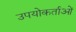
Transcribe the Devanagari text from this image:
उपयोकर्ताओं